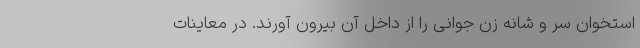
استخوان سر و شانه زن جوانی را از داخل آن بیرون آورند. در معاینات